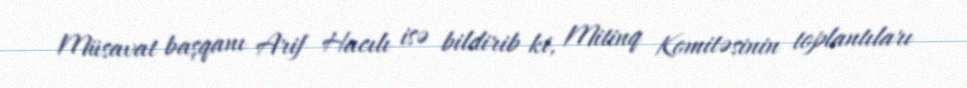
Müsavat başqanı Arif Hacılı isə bildirib ki, Mitinq Komitəsinin toplantıları